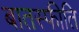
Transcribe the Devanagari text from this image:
बातस्फीति